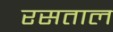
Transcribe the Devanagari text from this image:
रसताल